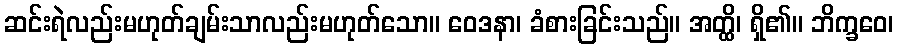
ဆင်းရဲလည်းမဟုတ်ချမ်းသာလည်းမဟုတ်သော။ ဝေဒနာ၊ ခံစားခြင်းသည်။ အတ္ထိ၊ ရှိ၏။ ဘိက္ခဝေ၊